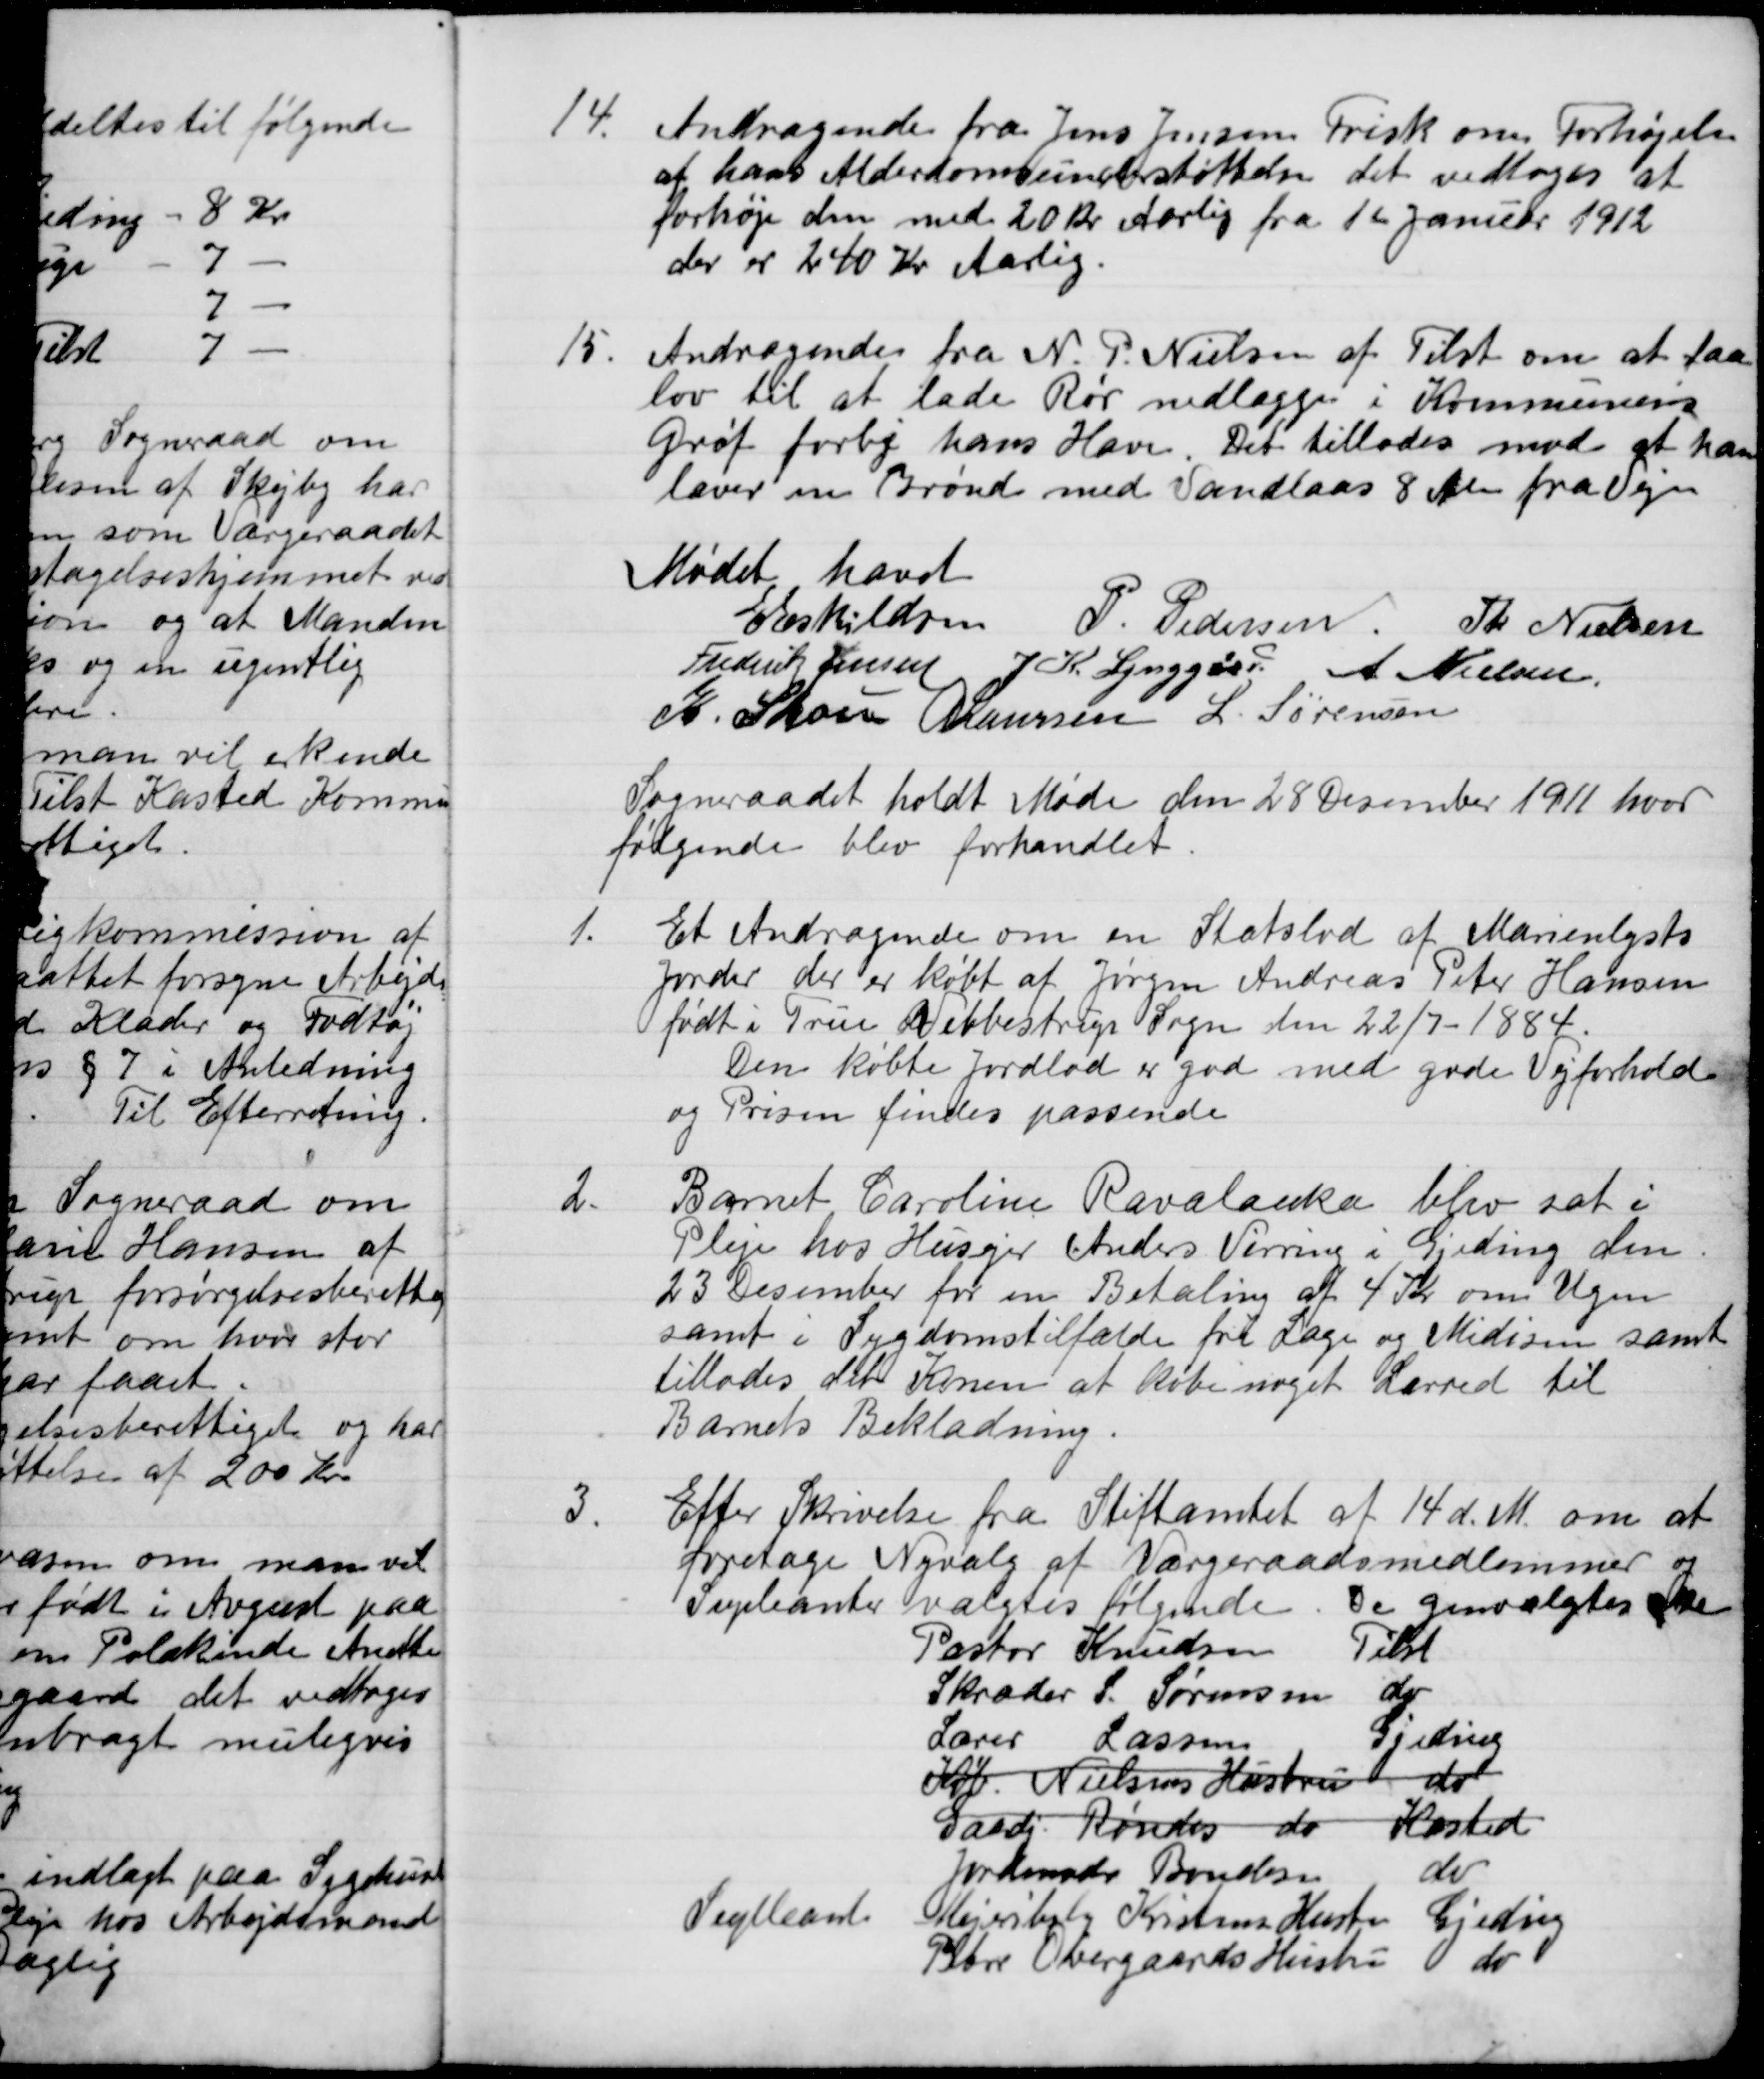
Transskription:
14
Andragende fra Jens Jensen Frisk om Forhøjelse
at hans Alderdomsunderstøttelse det vedtoges at 
forhøje den med 20 kr. Aarlig fra 1ste Januar 1912
der er 240 Kr Aarlig.
15.
Andragende fra N. P. Nielsen af Tilst om at faa
lov til at lade Rør nedlægges i Kommunens
Grøf forbi hans Have. Det tillades mod at han 
laver en Brønd med Vandlaas 8 Alen fra Vejen
Mødet hævet
Eskildsen P. Pedersen
Th. Nielsen
Frederik Jensen J. K. Lynggaard A Nielsen
K. Skou   A. Laursen L. Sørensen
Sogneraadet holdt Møde den 28 December 1911 hvor
følgende blev forhandlet.
1.
Et Andragende om en Statslod af Marienlysts
Jorder der er købt af Jørgen Andreas Peter Hansen
født i Trene Vebbestrup Sogn den 22/7 - 1884.
Den købte Jordlod er god med gode Vejforhold
og Prisen findes passende
2.
Barnet Caroline Ravalanke blev sat i
Pleje hos Husejer Anders Virring i Gjeding den
23 December for en Betaling af 4 Kr. om Ugen
samt i Sygdomstilfælde fri Læge og Midisin samt 
tillodes det Konen at købe noget Lærred til
Barnets Beklædning.
3.
Efter Skrivelse fra Stiftamtet
af 14 d. M. om at
foretage Nyvalg af Værgeraadsmedlemmer og
Supleanter valgtes følgende
De genvalgtes Ske
Pastor Knudsen
Tilst
Skræder S. Sørensen
do
Lærer Lassen
Gjeding
Køb. Nielsens Hustru
do
Gaardj. Røndes
do
Kasted
Jordemoder Bendsen
do
Suplleant
Mejeribesty. Kristens Hustru
Gjeding
Blm. Overgaards Hustru
do